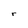
Character: r